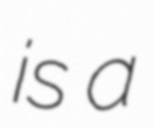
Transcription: is a